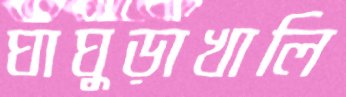
ঘাঘুড়াখালি